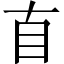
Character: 𥃭